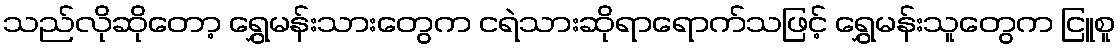
သည်လိုဆိုတော့ ရွှေမန်းသားတွေက ငရဲသားဆိုရာရောက်သဖြင့် ရွှေမန်းသူတွေက ငြူစူ